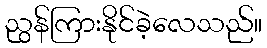
ညွန်ကြားနိုင်ခဲ့လေသည်။